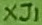
Text: XJ1